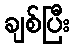
ချစ်ပြီး